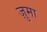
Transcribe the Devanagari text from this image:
ज़ुमा